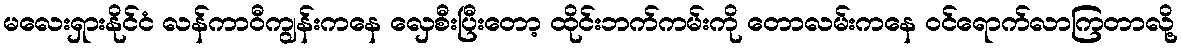
မလေးရှားနိုင်ငံ လန်ကာဝီကျွန်းကနေ လှေစီးပြီးတော့ ထိုင်းဘက်ကမ်းကို တောလမ်းကနေ ဝင်ရောက်လာကြတာလို့